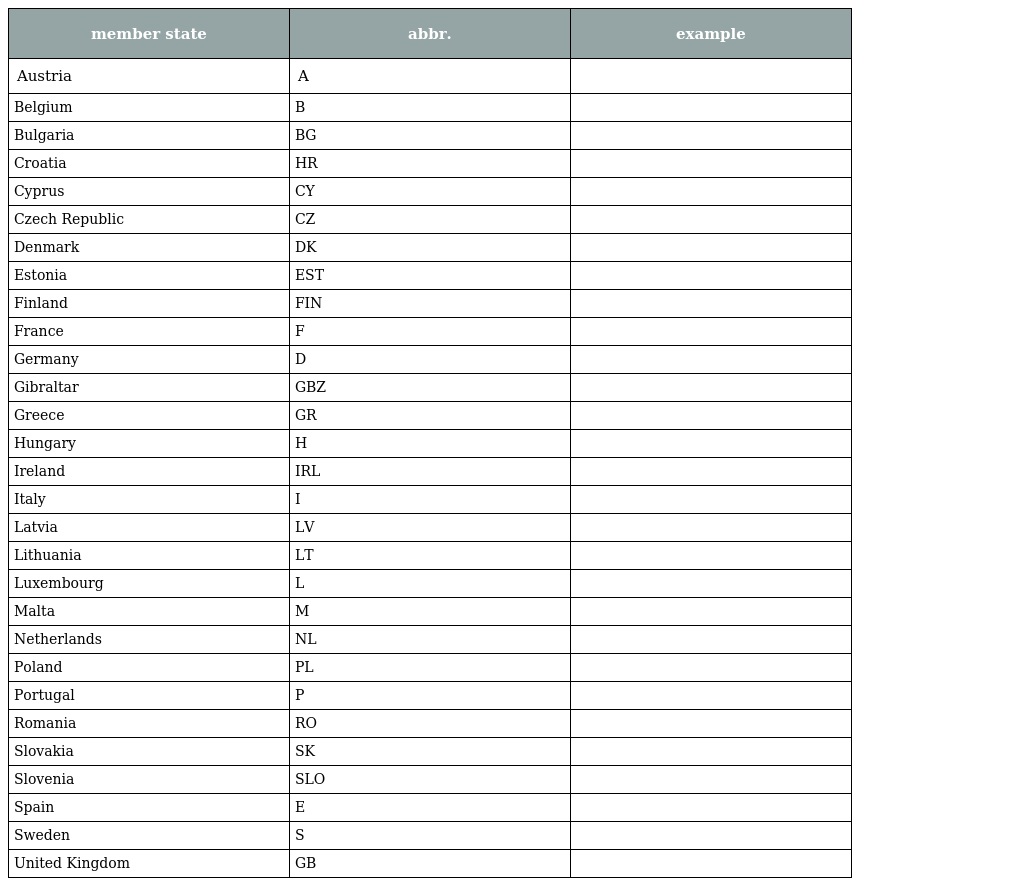
| member state | abbr. | example |
 | --- | --- | --- |
 | Austria | A |  |
 | Belgium | B |  |
 | Bulgaria | BG |  |
 | Croatia | HR |  |
 | Cyprus | CY |  |
 | Czech Republic | CZ |  |
 | Denmark | DK |  |
 | Estonia | EST |  |
 | Finland | FIN |  |
 | France | F |  |
 | Germany | D |  |
 | Gibraltar | GBZ |  |
 | Greece | GR |  |
 | Hungary | H |  |
 | Ireland | IRL |  |
 | Italy | I |  |
 | Latvia | LV |  |
 | Lithuania | LT |  |
 | Luxembourg | L |  |
 | Malta | M |  |
 | Netherlands | NL |  |
 | Poland | PL |  |
 | Portugal | P |  |
 | Romania | RO |  |
 | Slovakia | SK |  |
 | Slovenia | SLO |  |
 | Spain | E |  |
 | Sweden | S |  |
 | United Kingdom | GB |  |